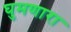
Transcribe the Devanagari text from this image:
घुमणारा